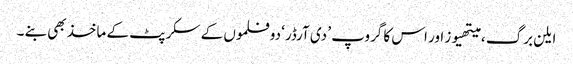
ایلن برگ ، میتھیوز اور اس کا گروپ ’ دی آرڈر‘ دو فلموں کے سکرپٹ کے ماخذ بھی بنے ۔